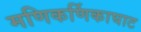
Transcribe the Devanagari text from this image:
मणिकर्णिकाघाट